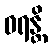
ဝရန္တိ